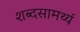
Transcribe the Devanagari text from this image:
शब्दसामर्थ्य